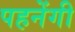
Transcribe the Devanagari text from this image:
पहनेंगी